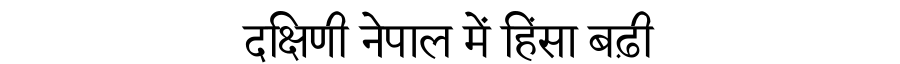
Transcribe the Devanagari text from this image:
दक्षिणी नेपाल में हिंसा बढ़ी